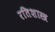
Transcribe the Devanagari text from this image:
रतिशास्त्र